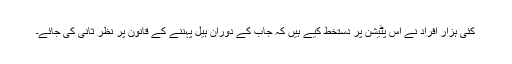
کئی ہزار افراد نے اس پٹیشن پر دستخط کیے ہیں کہ جاب کے دوران ہیل پہننے کے قانون پر نظر ثانی کی جائے۔